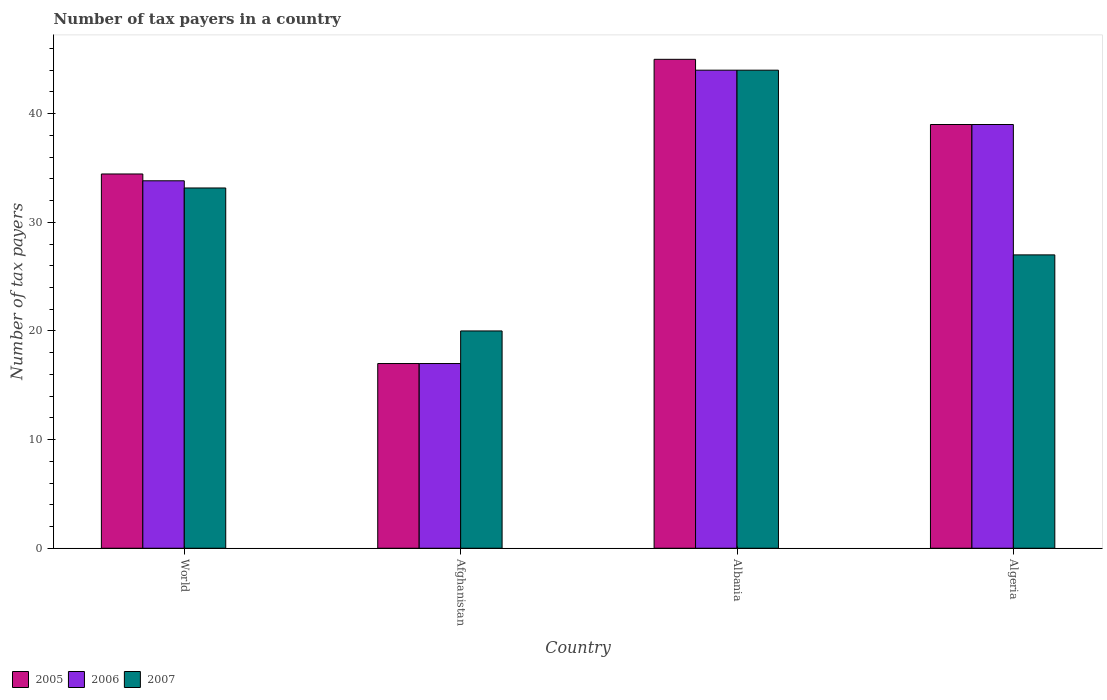
| Country | 2005 | 2006 | 2007 |
 | --- | --- | --- | --- |
 | World | 34.4 | 33.8 | 33.2 |
 | Afghanistan | 17 | 17 | 20 |
 | Albania | 45 | 44 | 44 |
 | Algeria | 39 | 39 | 27 |